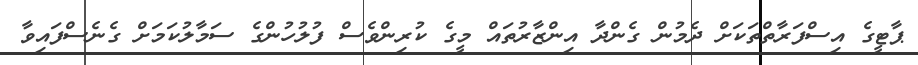
ޕާޓީގެ އިސްފަރާތްތަކަށް ދެމުން ގެންދާ އިންޒާރުތައް މީގެ ކުރިންވެސް ފުލުހުންގެ ސަމާލުކަމަށް ގެނެސްފައިވާ